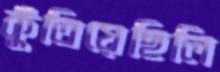
কুঁতিয়েছিলি